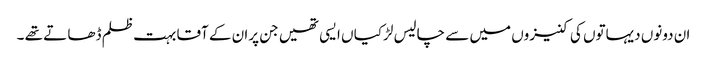
ان دونوں دیہاتوں کی کنیزوں میں سے چالیس لڑکیا ں ایسی تھیں جن پران کے آقا بہت ظلم ڈھا تے تھے ۔